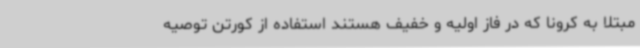
مبتلا به کرونا که در فاز اولیه و خفیف هستند استفاده از کورتن توصیه